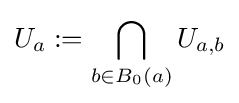
U_{a}:=\bigcap _{b\in B_{0}(a)}U_{a,b}